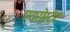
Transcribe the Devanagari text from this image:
एयरोस्टेट